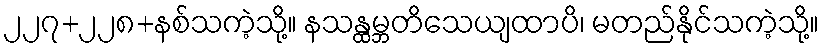
၂၂၇+၂၂၈+နစ်သကဲ့သို့။ နသန္ထမ္ဘတိသေယျထာပိ၊ မတည်နိုင်သကဲ့သို့။